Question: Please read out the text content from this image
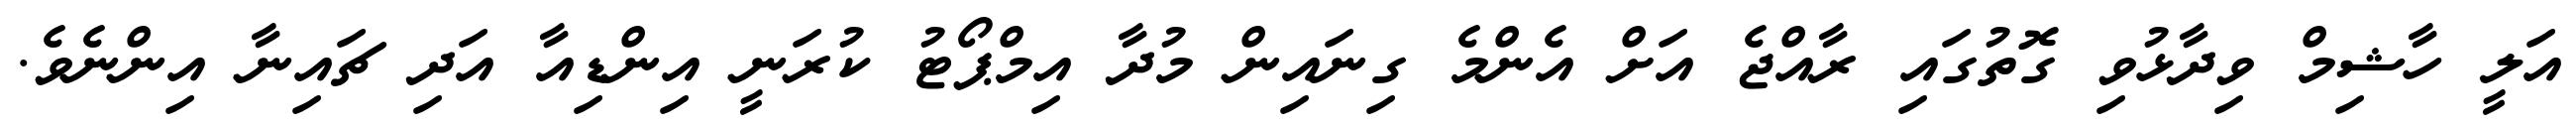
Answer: އަލީ ހާޝިމް ވިދާޅުވި ގޮތުގައި ރާއްޖެ އަށް އެންމެ ގިނައިން މުދާ އިމްޕޯޓު ކުރަނީ އިންޑިއާ އަދި ޗައިނާ އިންނެވެ.